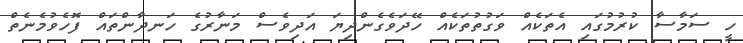
ހީ ސަމާސާ ކުރުމުގައި އެތަކެއް ވަގުތުތަކެއް ހޭދަވެގެންދިޔަ އަދިވެސް މަނާރުގެ ހަނދާންތައް ފޮހެވުމެނެތް